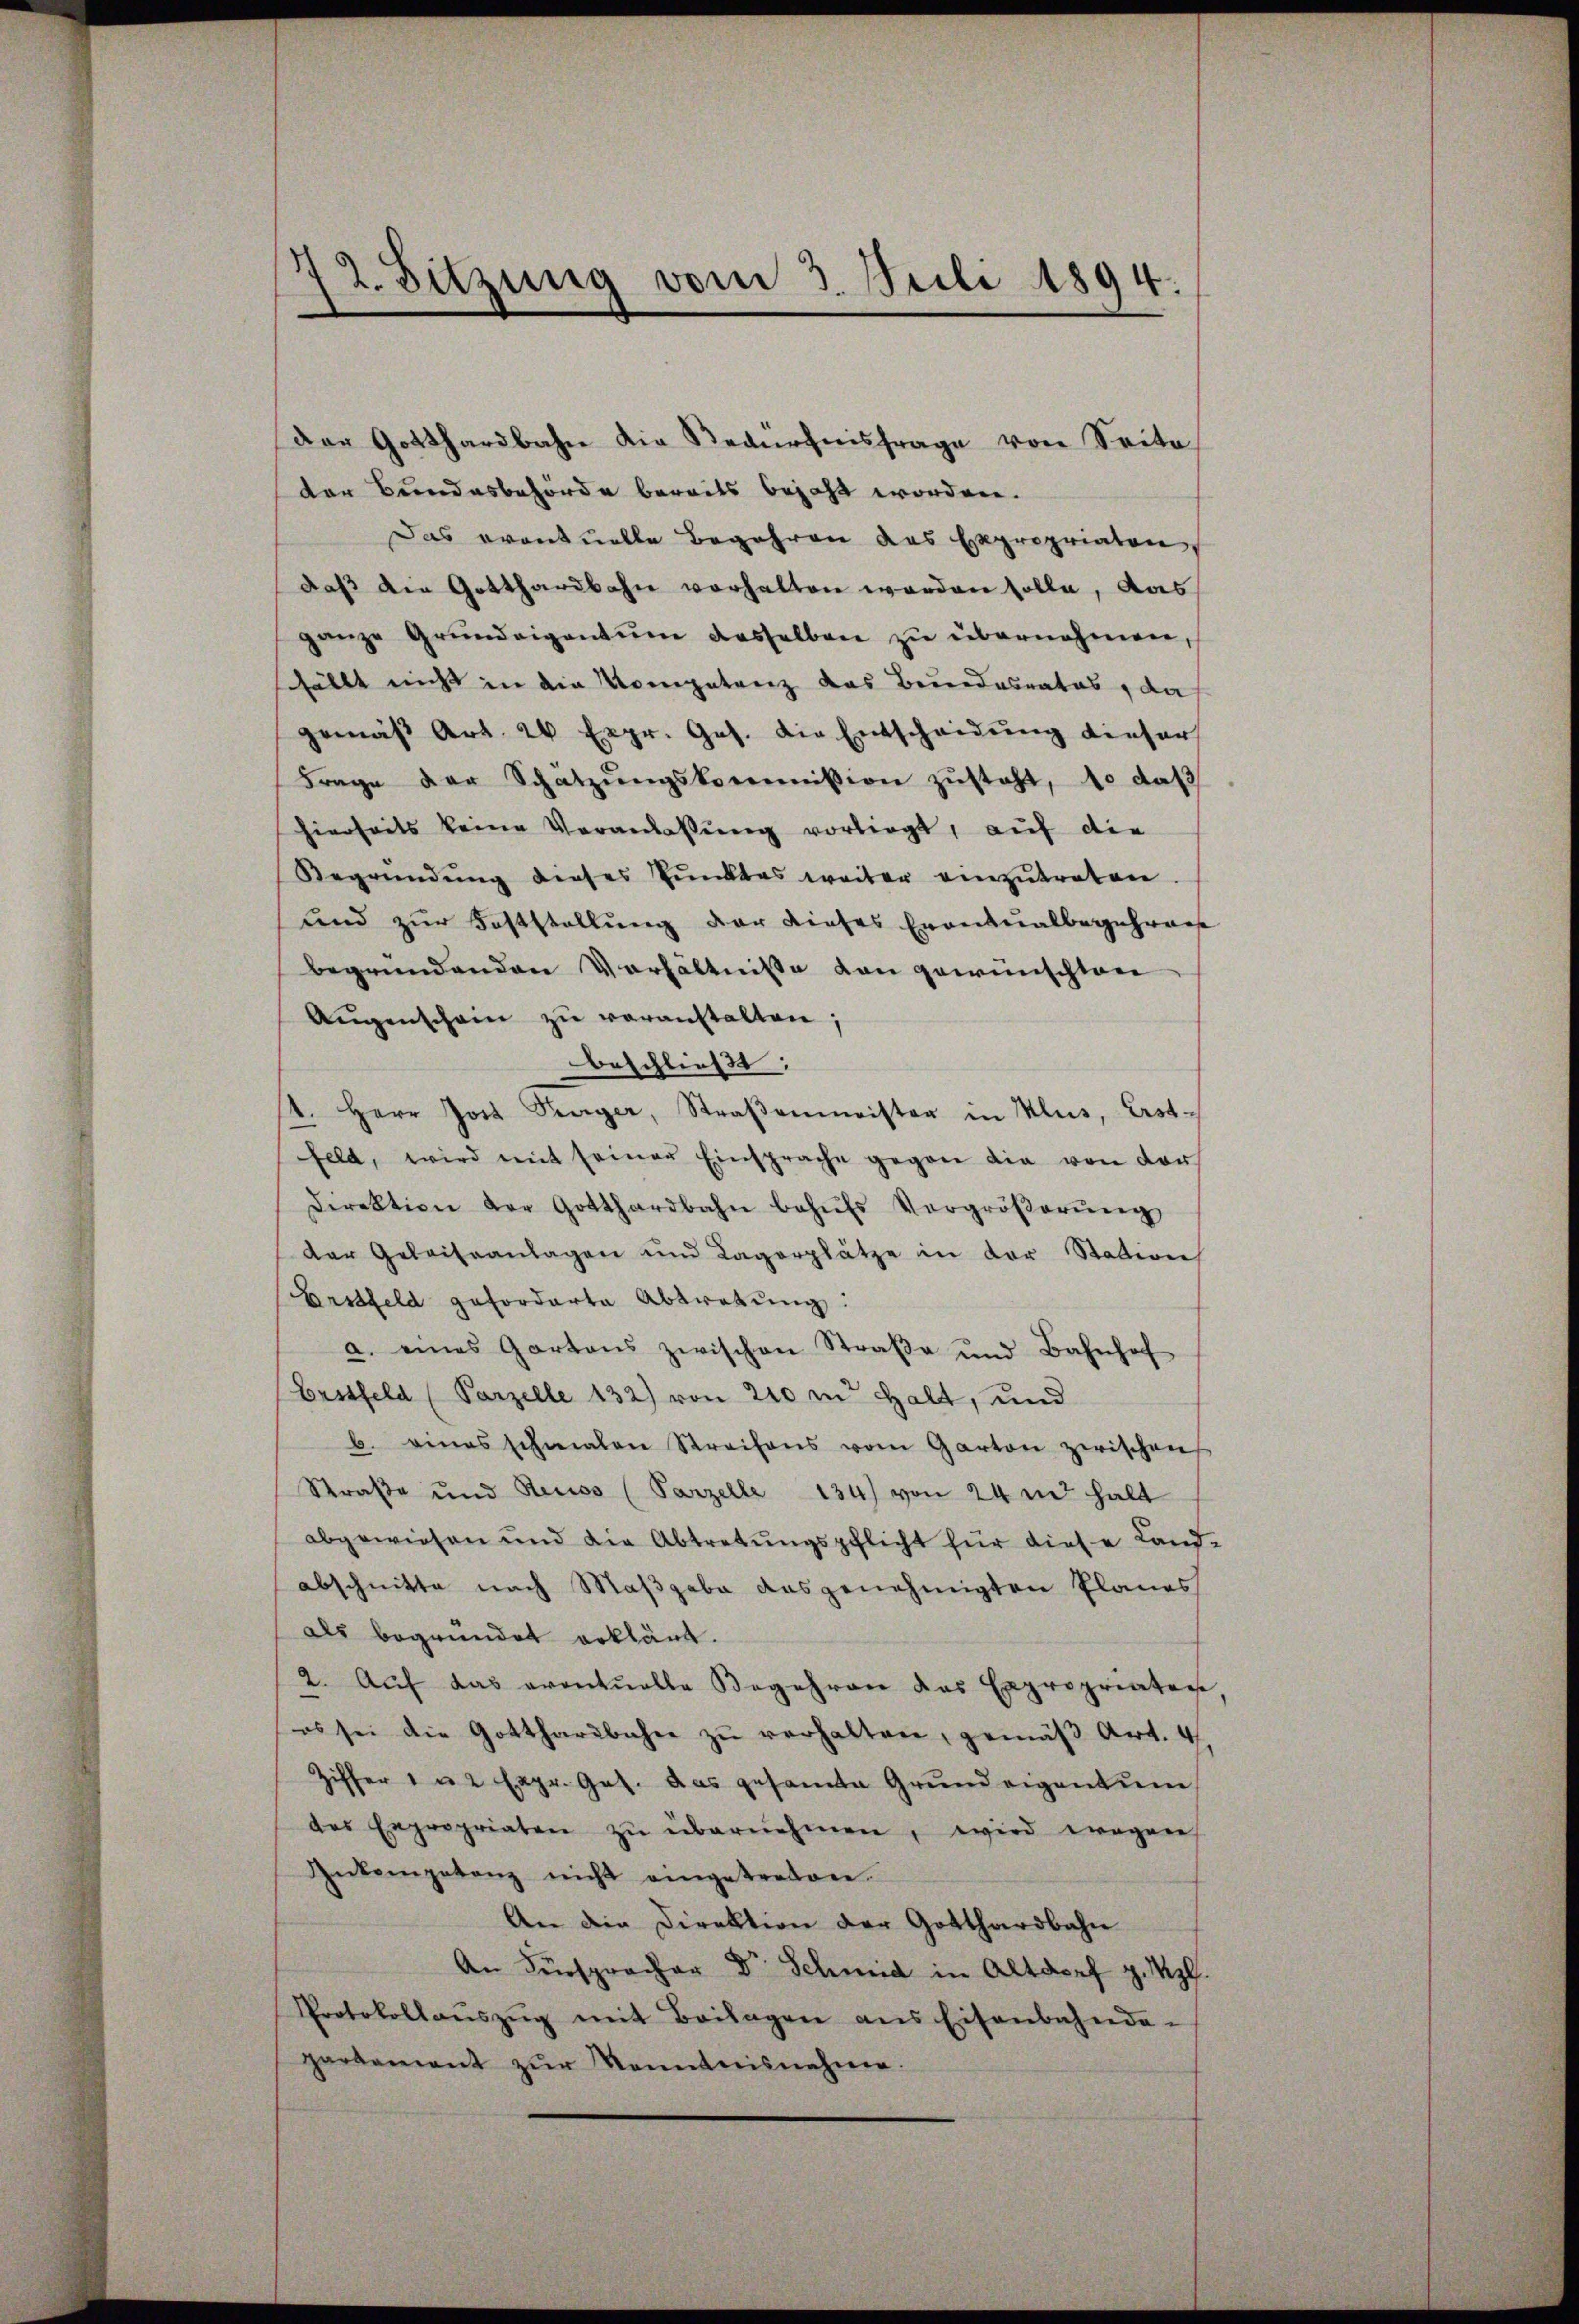
1
12. Sitzung vom 3. Juli 1894.

Der Gotthardbahn die Bedürfnisfrage von Seite
der Bundesbehörde bereits bejaht worden.
Das eventuelle Begehren das Expropriaten,
daβ die Gotthardbahn verhalten worden solle, das
ganze Grŭndeigentum dasselben zŭ übernehmen,
hällt nicht in die Kompetenz das Bundesrates, da
gemäβ Art. 20 Expr. Ges. die Entscheidung dieser
Frage der Schätzŭngskommission zŭsteht, so daβ
hierseits keine Veranlassung vorliegt, auf die
Begründung dieses Punktes weiter einzutreten
und zur Feststellung der dieses Eventualbegehrenge
begründenden Verhältnisse von gewünschten
Aŭgenschein zŭ veranstalten;
beschließt:
st. Herr Jost Teeger, Straβenmeister in Klus, Erstfeld, wird mit seiner Einsprache gegen die von der
Direktion der Gotthardbahn behŭfs Vergröβerŭng
der Geleiseanlagen und Lagerplätze in der Station
Erstfeld geforderte Abtretung:
a. eines Gartens zwischen Straβe und Bahnhof
Erstfeld (Parzelle 132) von 200 m Halt, und
b. eines schmalen Streifens vom Garton zwischen
Straße und Reuss (Parzelle 134) von 24 m halt
abgewiesen und die Abtretŭngspflicht für diese Land
abschnitte nach Maßgabe ausgenehmigten Planes
als begründet erklärt.
2. Auf das eventuelle Begehren das Expropriaten
es sei die Gotthardbahne zŭ verhalten, gemäβ Art. 4
Ziffer 1 u 2 Expr. Ges. das gesamte Grundeigentum
des Expropriaten zŭ übernehmen, wird wegen
Inkompetenz nicht eingetreten.
An die Direktion der Gotthardbahn
An Fürspracher Dr. Schmid in Altdorf v. Mpl.
Protokollanszŭg mit Beilagen ans Eisenbahnde-
parkament zŭr Kenntnisnehme.